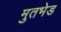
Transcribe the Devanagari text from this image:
मुतभेड